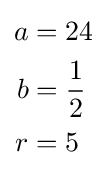
{\begin{aligned}a&=24\\b&={\frac {1}{2}}\\r&=5\end{aligned}}